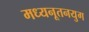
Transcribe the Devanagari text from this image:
मध्यनूतनयुग